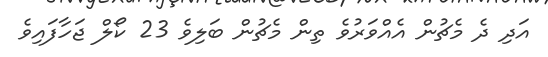
އަދި ދެ މެޗުން އެއްވަރުވެ ތިން މެޗުން ބަލިވެ 23 ކޯލް ޖަހާފައިވެ